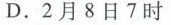
D.2月8日7时